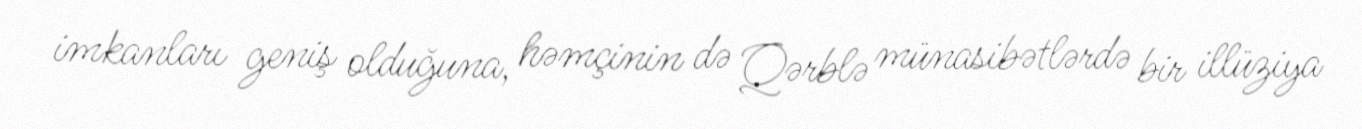
imkanları geniş olduğuna, həmçinin də Qərblə münasibətlərdə bir illüziya